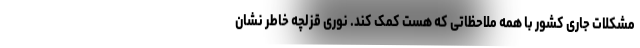
مشکلات جاری کشور با همه ملاحظاتی که هست کمک کند. نوری قزلچه خاطر نشان